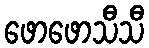
ဖောဖောသီသီ